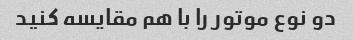
دو نوع موتور را با هم مقایسه کنید